Annual report on the working of the lock hospitals in the Central Provinces
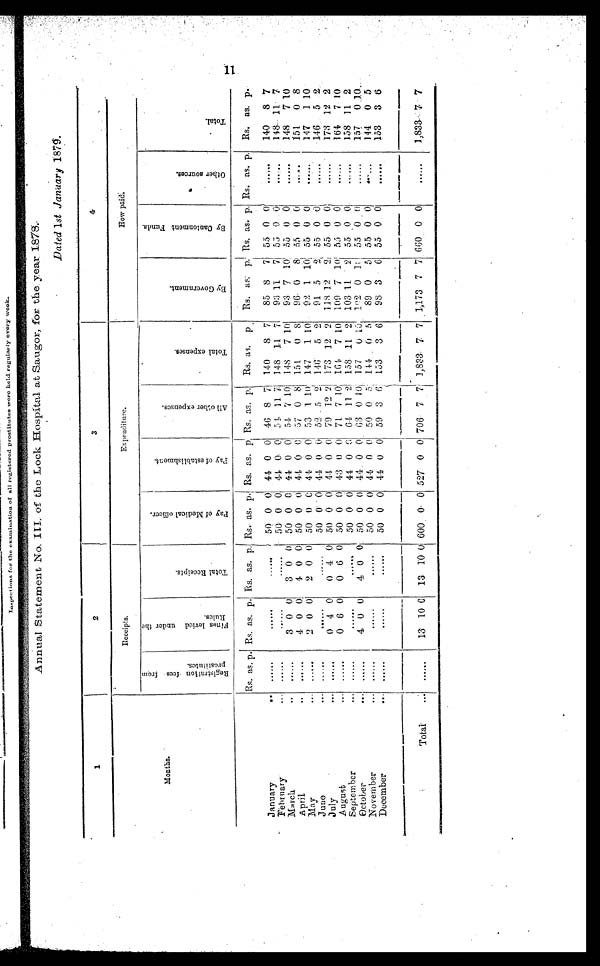
.
Annual Statement N.. III. of the Lock Hospital at S.augor, for the. year.18-8.
Dated 1st January 187q.
1
2
3
.,-
4-
Month
Receipts.
Expenditure.
How paid,:
R e g i s t r a t i o n f e e s f r o m p r o s t i t u t e s .
F i n e s l e v i e d u n d e r t h e R u l e s .
T o t a l R e c e i p t s .
P a y o f M e d i c a l o f f i c e r .
P a y o f e s t a b l i s h m e n t .
A l l o t h e r e x p e n s e s .
T o t a l e x p e n s e s .
B y G o v e r n m e n t .
B y C a n t o n m e n t F u n d s .
O t h e r s o u r c e s .
T o t a l
Rs. as.
Rs.
Rs. as. p. Rs. as. p. Rs.. as. p. Rs. as. p,
i
Rs. as. p.
Rs. as.
p
Rs. as: p. Rs. as. p. Rs. as. p.
Rs. as. p.
January
..
. . . . . .
50 0 0 41 0 01 46 8 '71 140
8 7
85 8
7
55 0 0
......
140
8 7
February
. . .
. . . . . .
......
......
50. 0 0 44 0. 0 54 n 7 148 11 7
93 11
7 55 9
0
. . . . . .
148 11 7
March
. .
......
3 0 0
3 0 0
50 0 0
44 0 0
54 7 10 148
7 10
93 7 10 55 0 0
......
148
7 10
April
. .
. . . . . .
4 0 0
4 0 0
50 0 0 44 0 0 57 0 8 151
0 8
96 0
8
55 0 0
.....
151
0 8
May
. . .
2 0 0
2 0 0
50 0 C 44 0 0 53 1 10 147
1 10
9 2 1
1 0
55 0 0
......
147
1 10
June
. . .
. . . . . .
......
50 0' . 0 44 0 0 52 5 2 140'
5 2
91 5
2 55 0 0
......
140
5 2..
July
. . . ......
0 4 0
0 4 0
50 0 0 44 0 0
79 12 2
173 12 2
118 12
2 55 0 0
......
173 12 2
A ugust
...
......
0 6 0
0 6 0
50 0 0 43 0 0 71 7 10 1614
7 10
109 7 10 55 0 0
. . . . . .
164
7 10
$eptemhcr
. . .
.......
. . . . . .
....
50 0 0 44 0
0 64 11 2 158 11 2
103 11
2
55 0 0
......
158 11 2
October
. . . ......
4 0 0
4 0 0
5.0 0. 0 44.0 0 . 63 0 10
157
0 13
192 0 1
55 0 . 01
......
157
0
1 0 .
November
. .
50 0 0 44 0 0
50 0 5 144 0 5
89 0
5 55 0 0
144
0 5
December
. .
. . . . . .
50 0 0
4 4 0 0 59 3 6
133
3 6
98 3
6 55 0 0
......
153
3 6
Total
... ......
13 10 0 13 10 0 600 0 0 527 0 0 706 7 7
1 , 8 3 3 7
7 1,173 7 7 660 . 0 0
.....
1,833 7 7